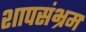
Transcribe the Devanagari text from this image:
शापसंभ्रम